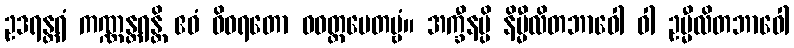
ဥဒရန္တရံ ကဏ္ဏန္တရန္တိ ဧဝံ ဝိဝရတော ဝဝတ္ထပေတဗ္ဗံ။ အက္ခီနမ္ပိ နိမ္မီလိတဘာဝေါ ဝါ ဥမ္မီလိတဘာဝေါ